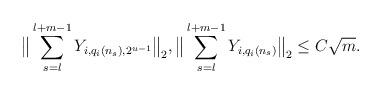
LaTeX: \begin{align*}\big\|\sum_{s=l}^{l+m-1}Y_{i,q_i(n_s),2^{u-1}}\big\|_2, \big\|\sum_{s=l}^{l+m-1}Y_{i,q_i(n_s)}\big\|_2\leq C\sqrt m.\end{align*}